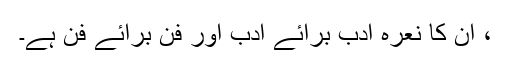
، ان کا نعرہ ادب برائے ادب اور فن برائے فن ہے۔